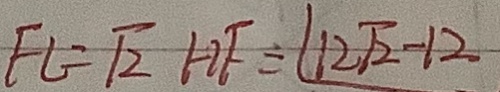
F L = \sqrt { 2 } H F = 1 2 \sqrt { 2 } - 1 2